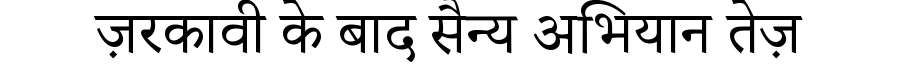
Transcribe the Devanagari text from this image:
ज़रकावी के बाद सैन्य अभियान तेज़